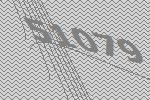
51079